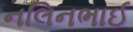
નલિનભાઈ